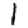
Digit: 1